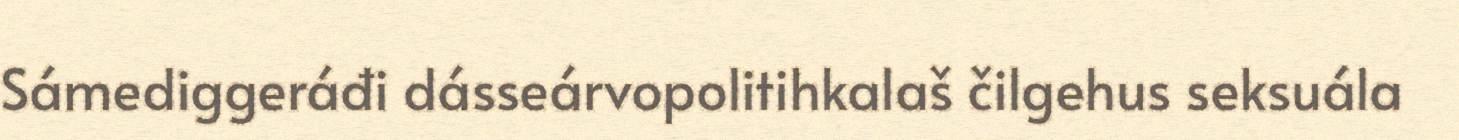
Sámediggeráđi dásseárvopolitihkalaš čilgehus seksuála